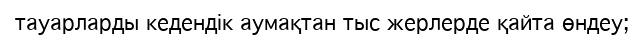
тауарларды кедендік аумақтан тыс жерлерде қайта өндеу;